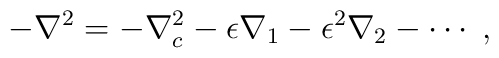
-\nabla^2=-\nabla_c^2-\epsilon\nabla_1-\epsilon^2\nabla_2-\cdots\;,